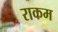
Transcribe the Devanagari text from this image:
राकम